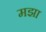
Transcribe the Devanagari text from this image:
मझा